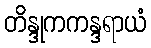
တိန္ဒုကကန္ဒရာယံ